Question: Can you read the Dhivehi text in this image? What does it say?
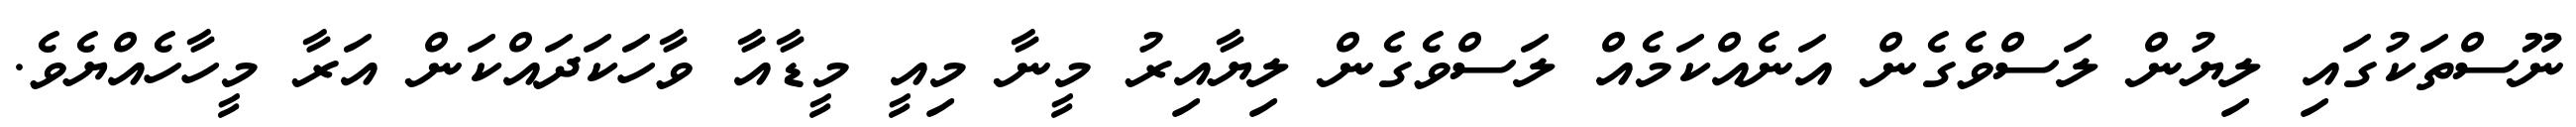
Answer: ނޫސްތަކުގައި ލިޔުން ލަސްވެގެން އަނެއްކަމެއް ލަސްވެގެން ލިޔާއިރު މީނާ މިއީ މީޑާއާ ވާހަކަދައްކަން އަރާ މީހާހެއްޔެވެ.